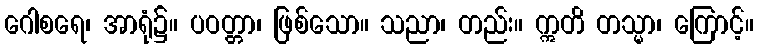
ဂေါစရေ၊ အာရုံ၌။ ပဝတ္တာ၊ ဖြစ်သော။ သညာ၊ တည်း။ ဣတိ တသ္မာ၊ ကြောင့်။